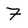
Character: 7